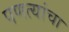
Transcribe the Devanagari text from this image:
पणत्यांचा